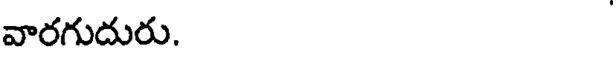
వారగుదురు.